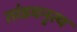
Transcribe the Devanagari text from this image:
तांडवनृत्य